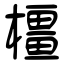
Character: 橿